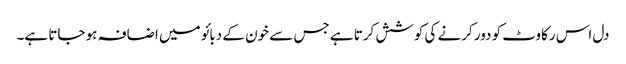
دل اس رکاوٹ کو دور کرنے کی کوشش کرتا ہے جس سے خون کے دبائو میں اضافہ ہو جاتا ہے۔